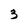
Character: 3